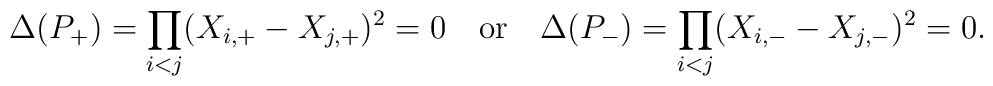
\Delta(P_+) = \prod_{i<j} (X_{i,+} - X_{j,+})^2 = 0\quad {\rm or}\quad\Delta(P_-)=\prod_{i<j} (X_{i,-} - X_{j,-})^2 = 0.